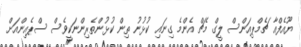
ޔޫއެފްއާ ޗެމްޕިއަންސް ލީގް މެޗް އެންމެ ގިނައި ކުޅުނު ތިން ކުޅުންތެރިންނަކީވެސް ސްޕެއިންއަށް